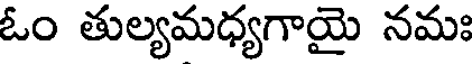
ఓం తుల్యమధ్యగాయై నమః